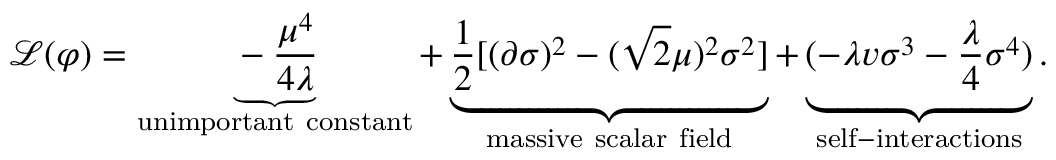
{ \mathcal { L } } ( \varphi ) = \underbrace { - { \frac { \mu ^ { 4 } } { 4 \lambda } } } _ { \mathrm { u n i m p o r t a n t ~ c o n s t a n t } } + \underbrace { { \frac { 1 } { 2 } } [ ( \partial \sigma ) ^ { 2 } - ( { \sqrt { 2 } } \mu ) ^ { 2 } \sigma ^ { 2 } ] } _ { \mathrm { m a s s i v e ~ s c a l a r ~ f i e l d } } + \underbrace { ( - \lambda v \sigma ^ { 3 } - { \frac { \lambda } { 4 } } \sigma ^ { 4 } ) } _ { \mathrm { s e l f - i n t e r a c t i o n s } } .